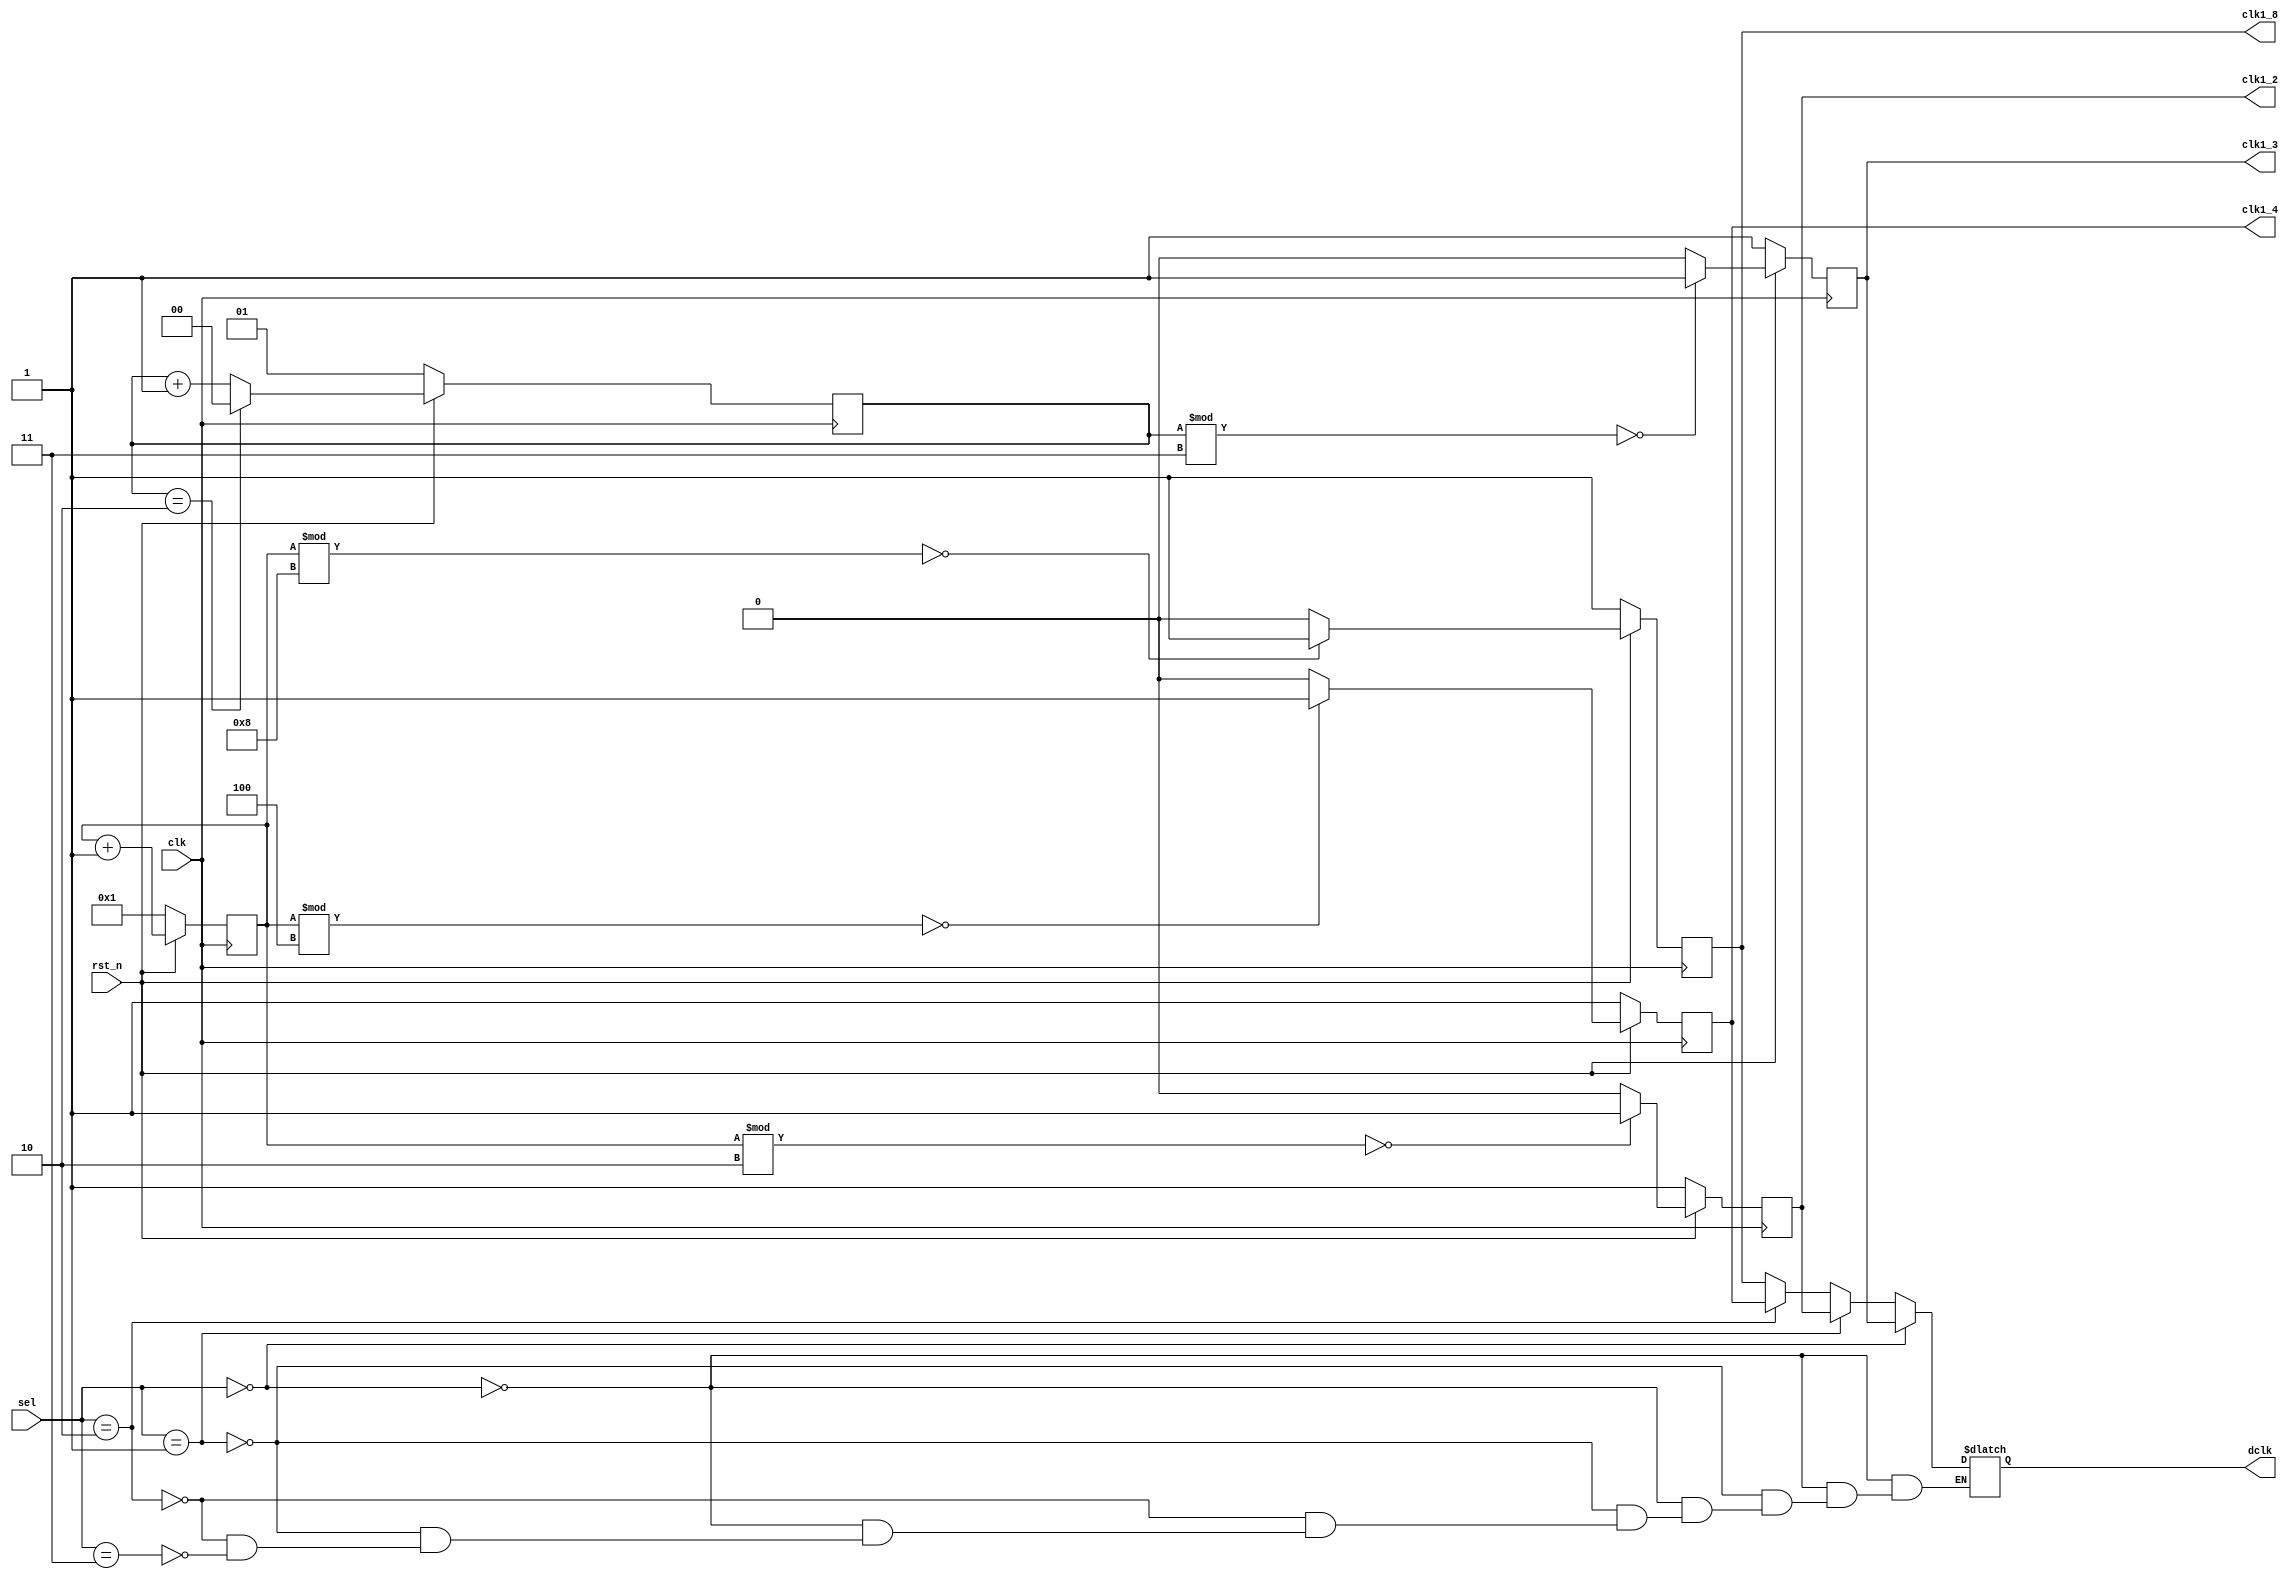
`timescale 1ns/1ps

module Clock_Divider (clk, rst_n, sel, clk1_2, clk1_4, clk1_8, clk1_3, dclk);
input clk, rst_n;
input [1:0] sel;
output clk1_2;
output clk1_4;
output clk1_8;
output clk1_3;
output dclk;
reg dclk;
reg clk1_2,clk1_3,clk1_4,clk1_8;
reg[3:0] count;
reg[1:0] count_3 ;

always @(posedge clk) begin
    if(rst_n == 1'b0)begin
        count <= 4'b0001;
        count_3 <= 2'b01;
        clk1_2 <= 1'b1;
        clk1_3 <= 1'b1;
        clk1_4 <= 1'b1;
        clk1_8 <= 1'b1;
    end
    else begin
        count <= count+1;
    
        if (count_3 == 2'b10) count_3 <= 2'b0;
        else count_3 <= count_3+1;
        
        clk1_2 <= (count%2) == 0?1:0;
        clk1_3 <= (count_3%3) == 0?1:0;
        clk1_4 <= (count%4) == 0?1:0;
        clk1_8 <= (count%8) == 0?1:0;
    end 
end

always @(*) begin
    if(sel == 2'b00)begin
        dclk = clk1_3;
    end
    else if(sel == 2'b01)begin
        dclk = clk1_2;
    end 
    else if(sel == 2'b10)begin
        dclk = clk1_4;
    end 
    else if(sel == 2'b11)begin
        dclk = clk1_8;
    end 
end

endmodule